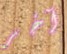
آخر